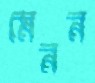
মেনন